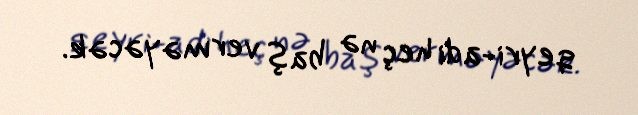
qeyri-adi heç nə baş verməyəcək.